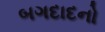
બગદાદનો